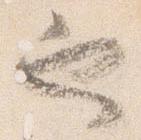
也